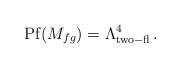
LaTeX: \begin{align*}{\rm Pf} (M_{fg})=\Lambda^4_{\rm two-fl}\,.\end{align*}